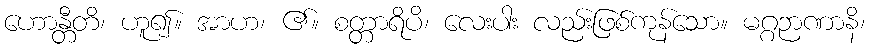
ဟောန္တီတိ၊ ဟူ၍။ အာဟ၊ ၏။ စတ္တာရိပိ၊ လေးပါး လည်းဖြစ်ကုန်သော။ မဂ္ဂဉာဏာနိ၊